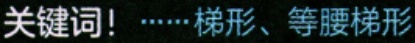
关键词！……梯形、等腰梯形